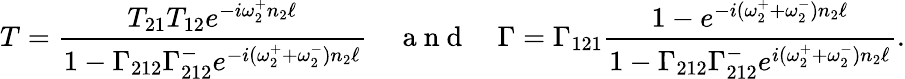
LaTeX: T=\frac{T_{21}T_{12}e^{-i\omega_{2}^{+}n_{2}\ell}}{1-\Gamma_{212}\Gamma_{212}^{-}e^{-i(\omega_{2}^{+}+\omega_{2}^{-})n_{2}\ell}}\quad\mathrm{~a~n~d~}\quad\Gamma=\Gamma_{121}\frac{1-e^{-i(\omega_{2}^{+}+\omega_{2}^{-})n_{2}\ell}}{1-\Gamma_{212}\Gamma_{212}^{-}e^{i(\omega_{2}^{+}+\omega_{2}^{-})n_{2}\ell}}.